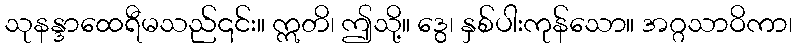
သုနန္ဒာထေရီမသည်၎င်း။ ဣတိ၊ ဤသို့။ ဒွေ၊ နှစ်ပါးကုန်သော။ အဂ္ဂသာဝိကာ၊